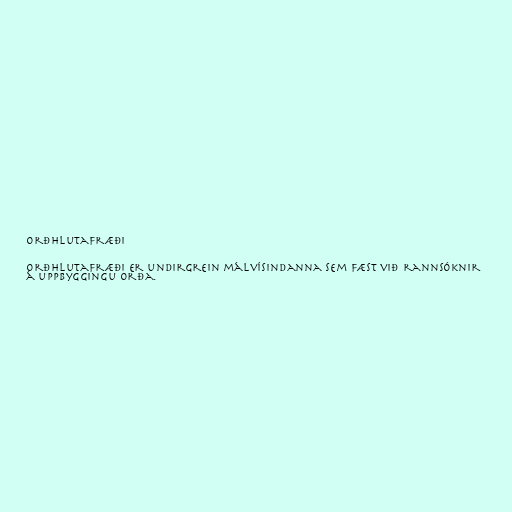
Orðhlutafræði

Orðhlutafræði er undirgrein málvísindanna sem fæst við rannsóknir
á uppbyggingu orða.